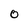
Character: O